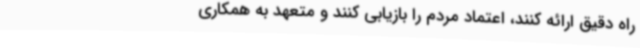
راه دقیق ارائه کنند، اعتماد مردم را بازیابی کنند و متعهد به همکاری